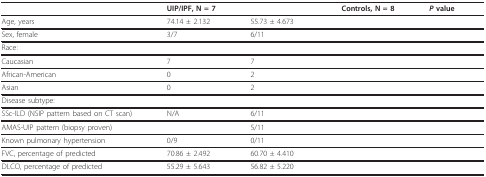
<table><thead><tr><td>[EMPTY_CELL]</td><td><b>UIP/IPF, N = 7</b></td><td>[EMPTY_CELL]</td><td><b>Controls, N = 8</b></td><td><b><i>P </i>value</b></td></tr></thead><tbody><tr><td>Age, years</td><td>74.14 ± 2.132</td><td>55.73 ± 4.673</td><td>[EMPTY_CELL]</td><td>[EMPTY_CELL]</td></tr><tr><td>Sex, female</td><td>3/7</td><td>6/11</td><td>[EMPTY_CELL]</td><td>[EMPTY_CELL]</td></tr><tr><td>Race:</td><td>[EMPTY_CELL]</td><td>[EMPTY_CELL]</td><td>[EMPTY_CELL]</td><td>[EMPTY_CELL]</td></tr><tr><td>Caucasian</td><td>7</td><td>7</td><td>[EMPTY_CELL]</td><td>[EMPTY_CELL]</td></tr><tr><td>African-American</td><td>0</td><td>2</td><td>[EMPTY_CELL]</td><td>[EMPTY_CELL]</td></tr><tr><td>Asian</td><td>0</td><td>2</td><td>[EMPTY_CELL]</td><td>[EMPTY_CELL]</td></tr><tr><td>Disease subtype:</td><td>[EMPTY_CELL]</td><td>[EMPTY_CELL]</td><td>[EMPTY_CELL]</td><td>[EMPTY_CELL]</td></tr><tr><td>SSc-ILD (NSIP pattern based on CT scan)</td><td>N/A</td><td>6/11</td><td>[EMPTY_CELL]</td><td>[EMPTY_CELL]</td></tr><tr><td>AMAS-UIP pattern (biopsy proven)</td><td>[EMPTY_CELL]</td><td>5/11</td><td>[EMPTY_CELL]</td><td>[EMPTY_CELL]</td></tr><tr><td>Known pulmonary hypertension</td><td>0/9</td><td>0/11</td><td>[EMPTY_CELL]</td><td>[EMPTY_CELL]</td></tr><tr><td>FVC, percentage of predicted</td><td>70.86 ± 2.492</td><td>60.70 ± 4.410</td><td>[EMPTY_CELL]</td><td>[EMPTY_CELL]</td></tr><tr><td>DLCO, percentage of predicted</td><td>55.29 ± 5.643</td><td>56.82 ± 5.220</td><td>[EMPTY_CELL]</td><td>[EMPTY_CELL]</td></tr></tbody></table>